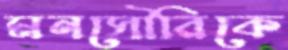
মনসৌরিকে